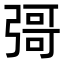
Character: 彁